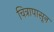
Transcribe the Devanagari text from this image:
चित्रापासून